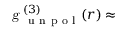
\textsl { g } _ { \mathrm { ~ u ~ n ~ p ~ o ~ l ~ } } ^ { ( 3 ) } ( r ) \approx